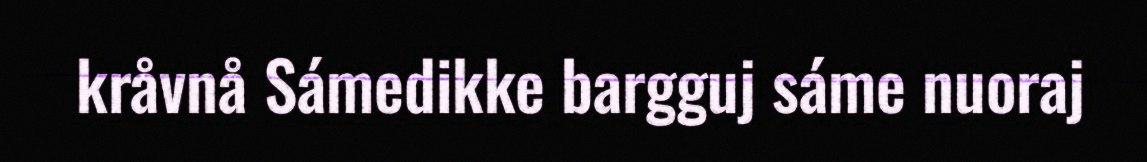
kråvnå Sámedikke bargguj sáme nuoraj